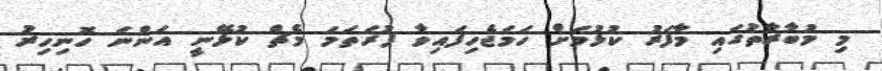
މި މުބާރާތުގައި މާފަރު ކުޅުމަށް ހަމަޖެހިފައިވާ ފުރަތަމަ މެޗް ކުޅޭނީ އަންނަ ހޮނިހިރު